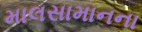
માલસામાનના